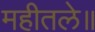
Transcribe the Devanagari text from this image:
महीतले॥